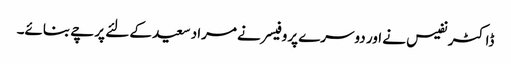
ڈاکٹر نفیس نے اور دوسرے پروفیسر نے مراد سعید کے لئے پرچے بنائے۔